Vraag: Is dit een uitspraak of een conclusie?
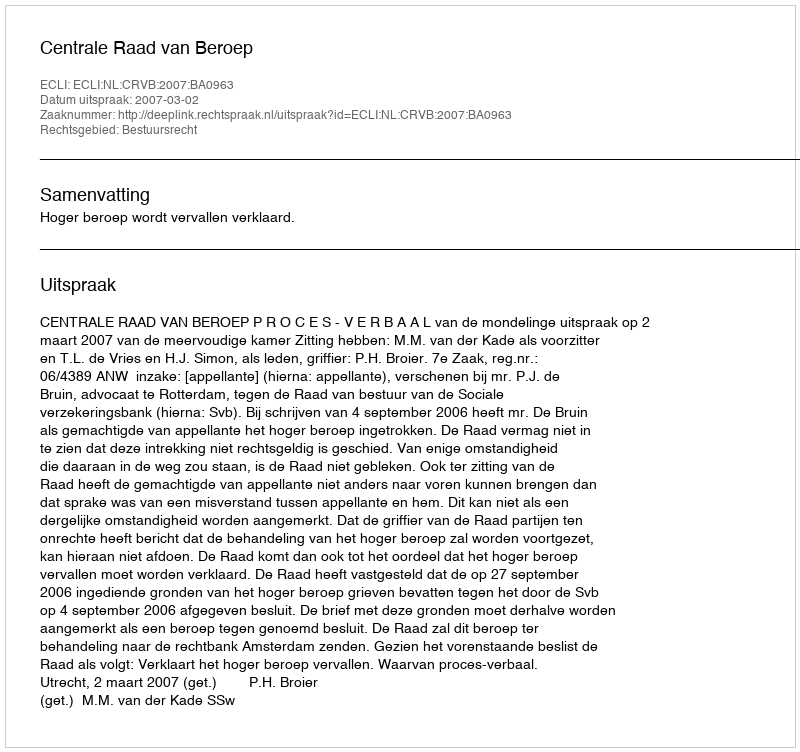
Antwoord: Uitspraak